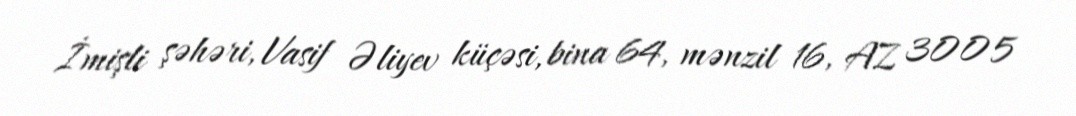
İmişli şəhəri, Vasif Əliyev küçəsi, bina 64, mənzil 16, AZ 3005